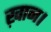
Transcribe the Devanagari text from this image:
ख़ान।